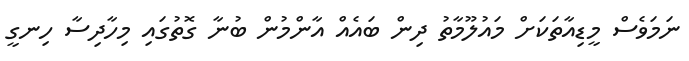
ނަމަވެސް މީޑިއާތަކަށް މައުލޫމާތު ދިން ބައެއް އާންމުން ބުނާ ގޮތުގައި މިހާދިސާ ހިނގީ